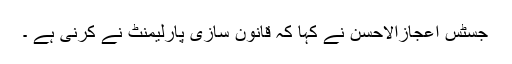
جسٹس اعجازالاحسن نے کہا کہ قانون سازی پارلیمنٹ نے کرنی ہے ۔